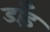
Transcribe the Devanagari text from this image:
डाँड़